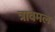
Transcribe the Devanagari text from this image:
त्रावमल